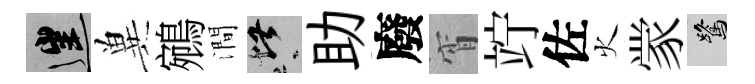
往兾鵷澗堪助廢宵竚佐火䝉鷺